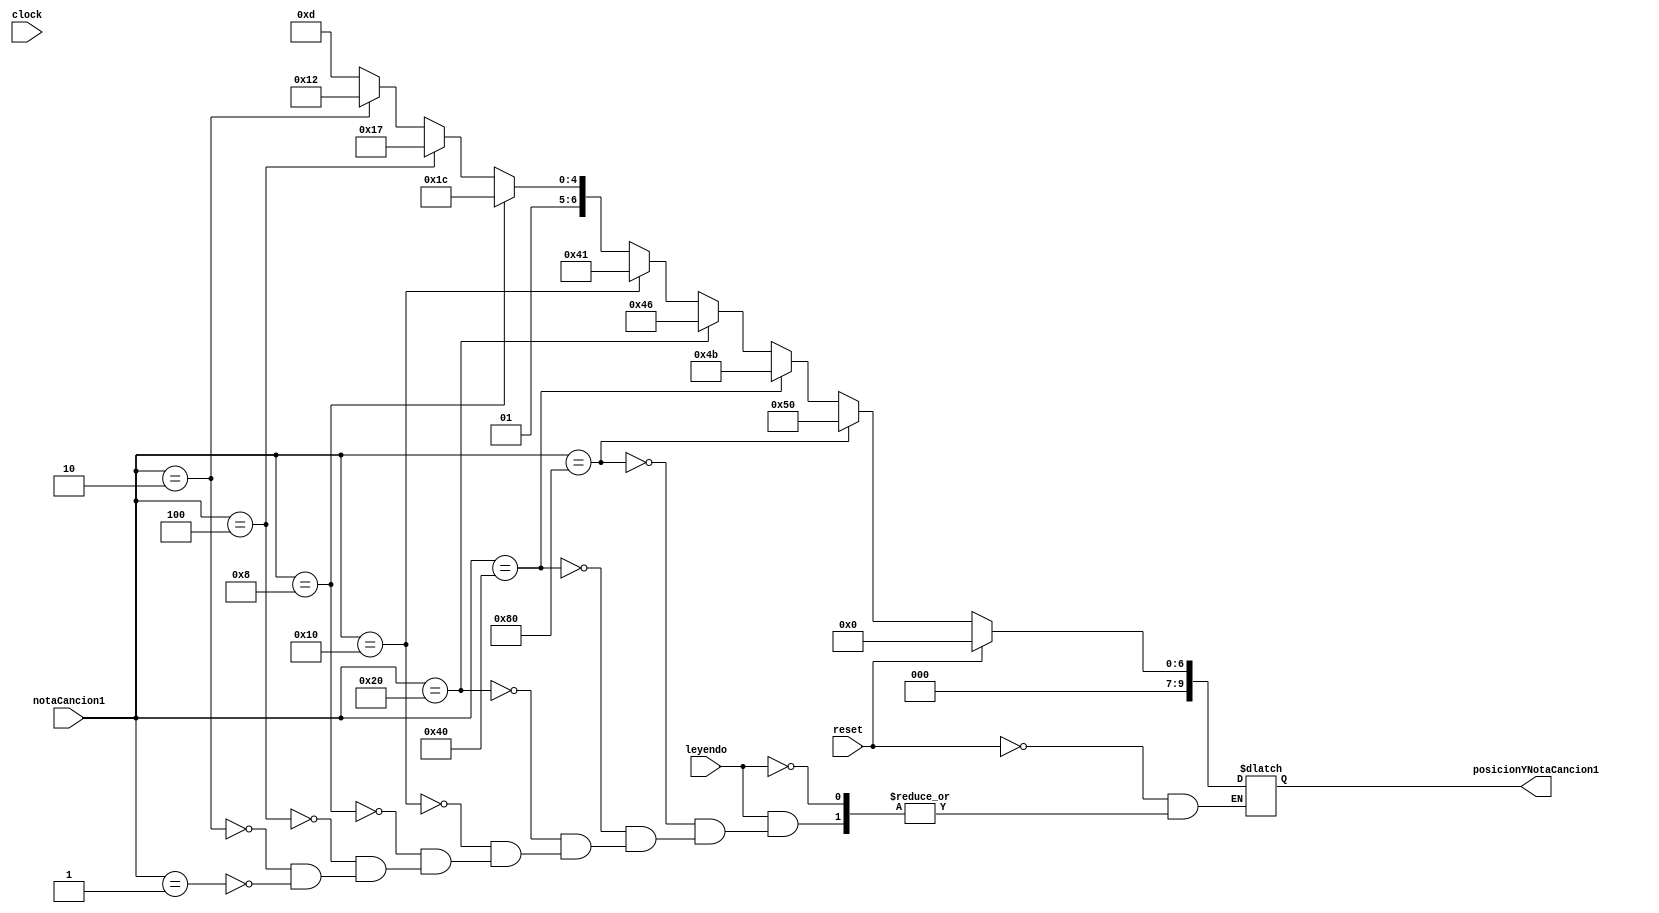
`timescale 1ns / 1ps
//////////////////////////////////////////////////////////////////////////////////
// Company: 
// Engineer: 
// 
// Design Name: 
// Module Name:    DecodificadorNotasVideo 
// Project Name: 
// Target Devices: 
// Tool versions: 
// Description: 
//
// Dependencies: 
//
// Revision: 
// Revision 0.01 - File Created
// Additional Comments: 
//
//////////////////////////////////////////////////////////////////////////////////
module DecodificadorNotasVideo(
	input wire clock,
	input wire reset,
	input wire leyendo,
	input wire [7:0] notaCancion1,
	output reg  [9:0] posicionYNotaCancion1
    );


//Se encarga de dar posicion a la nota actual*/
always @(notaCancion1)
	begin
		if(reset)
			begin
				posicionYNotaCancion1 <= 0;
			end
		else if(leyendo)
			begin
				/*Si es DO*/
				if(notaCancion1==128)
					begin
						posicionYNotaCancion1 <= 80;
					end
				/*Si es RE*/
				else if(notaCancion1==64)
					begin
						posicionYNotaCancion1 <= 75;
					end
				/*Si es MI*/
				else if(notaCancion1==32)
					begin
						posicionYNotaCancion1 <= 70;
					end
				/*Si es FA*/
				else if(notaCancion1==16)
					begin
						posicionYNotaCancion1 <= 65;
					end
				/*Si es SOL*/
				else if(notaCancion1==8)
					begin
						posicionYNotaCancion1 <= 60;
					end
				/*Si es LA*/
				else if(notaCancion1==4)
					begin
						posicionYNotaCancion1 <= 55;
					end
				/*Si es SI*/
				else if(notaCancion1==2)
					begin
						posicionYNotaCancion1 <= 50;
					end
				/*Si es DO*/
				else if(notaCancion1==1)
					begin
						posicionYNotaCancion1 <= 45;
					end
			end
	end

endmodule